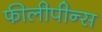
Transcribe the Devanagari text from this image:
फीलीपीन्स